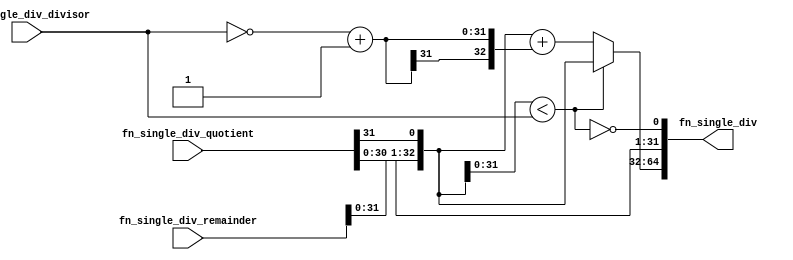
//
// Generated by Bluespec Compiler, version 2021.07-3-g8227dc97 (build 8227dc97)
//
// On Fri Sep  3 12:08:15 PDT 2021
//
//
// Ports:
// Name                         I/O  size props
// fn_single_div                  O    65
// fn_single_div_remainder        I    33
// fn_single_div_quotient         I    32
// fn_single_div_divisor          I    32
//
// Combinational paths from inputs to outputs:
//   (fn_single_div_remainder,
//    fn_single_div_quotient,
//    fn_single_div_divisor) -> fn_single_div
//
//

`ifdef BSV_ASSIGNMENT_DELAY
`else
  `define BSV_ASSIGNMENT_DELAY
`endif

`ifdef BSV_POSITIVE_RESET
  `define BSV_RESET_VALUE 1'b1
  `define BSV_RESET_EDGE posedge
`else
  `define BSV_RESET_VALUE 1'b0
  `define BSV_RESET_EDGE negedge
`endif

module module_fn_single_div(fn_single_div_remainder,
			    fn_single_div_quotient,
			    fn_single_div_divisor,
			    fn_single_div);
  // value method fn_single_div
  input  [32 : 0] fn_single_div_remainder;
  input  [31 : 0] fn_single_div_quotient;
  input  [31 : 0] fn_single_div_divisor;
  output [64 : 0] fn_single_div;

  // signals for module outputs
  wire [64 : 0] fn_single_div;

  // remaining internal signals
  wire [32 : 0] remainder__h61, sub__h63, x__h24;
  wire [31 : 0] x__h100, x__h95;
  wire fn_single_div_remainder_BITS_30_TO_0_CONCAT_fn_ETC___d4;

  // value method fn_single_div
  assign fn_single_div = { x__h24, x__h100 } ;

  // remaining internal signals
  assign fn_single_div_remainder_BITS_30_TO_0_CONCAT_fn_ETC___d4 =
	     { fn_single_div_remainder[30:0], fn_single_div_quotient[31] } <
	     fn_single_div_divisor ;
  assign remainder__h61 =
	     { fn_single_div_remainder[31:0], fn_single_div_quotient[31] } ;
  assign sub__h63 = remainder__h61 + { x__h95[31], x__h95 } ;
  assign x__h100 =
	     { fn_single_div_quotient[30:0],
	       !fn_single_div_remainder_BITS_30_TO_0_CONCAT_fn_ETC___d4 } ;
  assign x__h24 =
	     fn_single_div_remainder_BITS_30_TO_0_CONCAT_fn_ETC___d4 ?
	       remainder__h61 :
	       sub__h63 ;
  assign x__h95 = ~fn_single_div_divisor + 32'd1 ;
endmodule  // module_fn_single_div